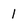
Character: 1